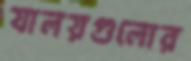
যালয়গুলোর